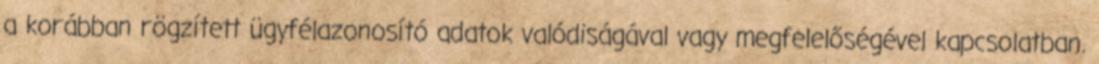
a korábban rögzített ügyfélazonosító adatok valódiságával vagy megfelelőségével kapcsolatban.